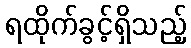
ရထိုက်ခွင့်ရှိသည့်